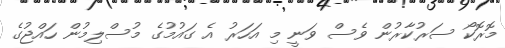
މޮރޮކޯ ސަރުކާރުން ވެސް ވަނީ މި އަހަރު އެ ގައުމުގެ މުސްލިމުން ހައްޖުގެ